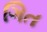
ગિત